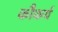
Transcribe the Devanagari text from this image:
कौकर्य